Lunatic asylums Punjab 1881-1894 - 1881-1894
Year: 1881
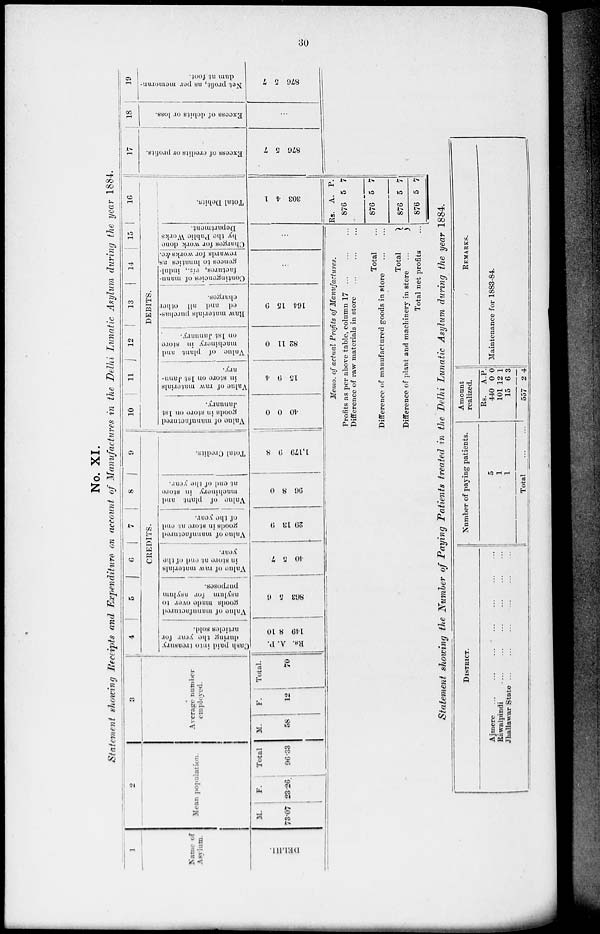
30
No. XI.
Statement showing Receipts and Expenditure on account of Manufactures in the Delhi Lunatic Asylum during the year 1884.
1
Name of
Asylum.
2
Mean population.
M.
73.07
F.
2326.
Total
96.33
3
Average number
employed.
M.
58
F.
12
Total.
70
4
5 .
7
8
9
CREDITS.
Cash paid into treasury
during the year for
articles sold.
P.
A.
Rs.
10
8
149
Valne
of manufactured
goods made over to
asylum for asylum
purposes.
0
5
803
Valne
of raw materials
in store at end of the
year.
7
5
40
Value of manufactured
goods in store at end
of the year.
9
3
29 1
Value of plant and
machinery in store
at end of the year.
0
8
96
Total Credits.
8
9
1,179
10
11 12
13
|
14
15
16
DEBITS.
Value of manufactured
goods in store on 1st
January.
0
0
40
Value of raw materials
in store on 1st Janu-
ary.
4
9
15
Value of plant and
machinery in store
on 1st January.
0
11
82
Raw materials purchas-
ed and all other
charges.
9
15
164
Contingencies of manu-
factures, viz., indul-
gences to lunatics as
rewards for works &c.
Charges for work done
by the Public Works
Department.
Total Debits.
1
4
303
17
Excess of credits or profits.
7
5
876
18
Excess of debits or loss.
...
19
Net profit, as per memoran-
dum at foot.
7
5
876
Memo. of actual Profits of Manufactures.
Profits as per above table, column 17
...
...
...
Difference of raw materials in store ... ... ...
Total
Difference of manufactured goods in store
Total
Difference of plant and machinery in store ...
Total net profits ...
Rs.
876
A.
5
P.
7
876 5 7
876 5 7
876 5 7
Statement showing the Number of Paying Patients treated in the Delhi Lunatic Asylum during the year 1884.
DISTRICT.
Ajmere
...
...
...
...
...
...
...
Rawalpindi ... ... ... ... ...
Jhallawar State
...
...
...
...
...
...
Number of paying patients.
5
1
1
Total
...
...
Amount
realized.
Rs.
440
101
15
557
A.
0
12
6
2
P.
0
1
3
4
REMARKS.
Maintenance for 1883-84.